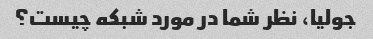
جولیا، نظر شما در مورد شبکه چیست؟